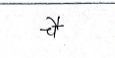
मजकूर: चै